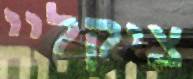
ציקליי